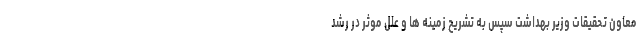
معاون تحقیقات وزیر بهداشت سپس به تشریح زمینه ها و علل موثر در رشد